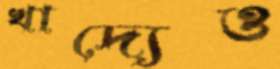
খাদ্যেও